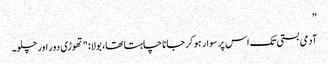
”
آدمی بستی تک اس پر سوار ہو کر جانا چاہتا تھا، بولا: "تھوڑی دور اور چلو۔